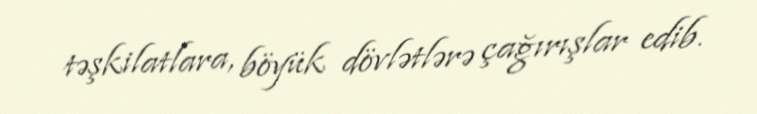
təşkilatlara, böyük dövlətlərə çağırışlar edib.